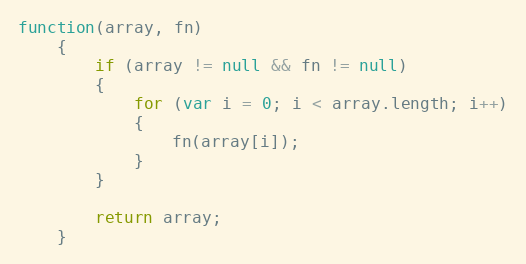
Language: JavaScript
function(array, fn)
	{
		if (array != null && fn != null)
		{
			for (var i = 0; i < array.length; i++)
			{
				fn(array[i]);
			}
		}

		return array;
	}